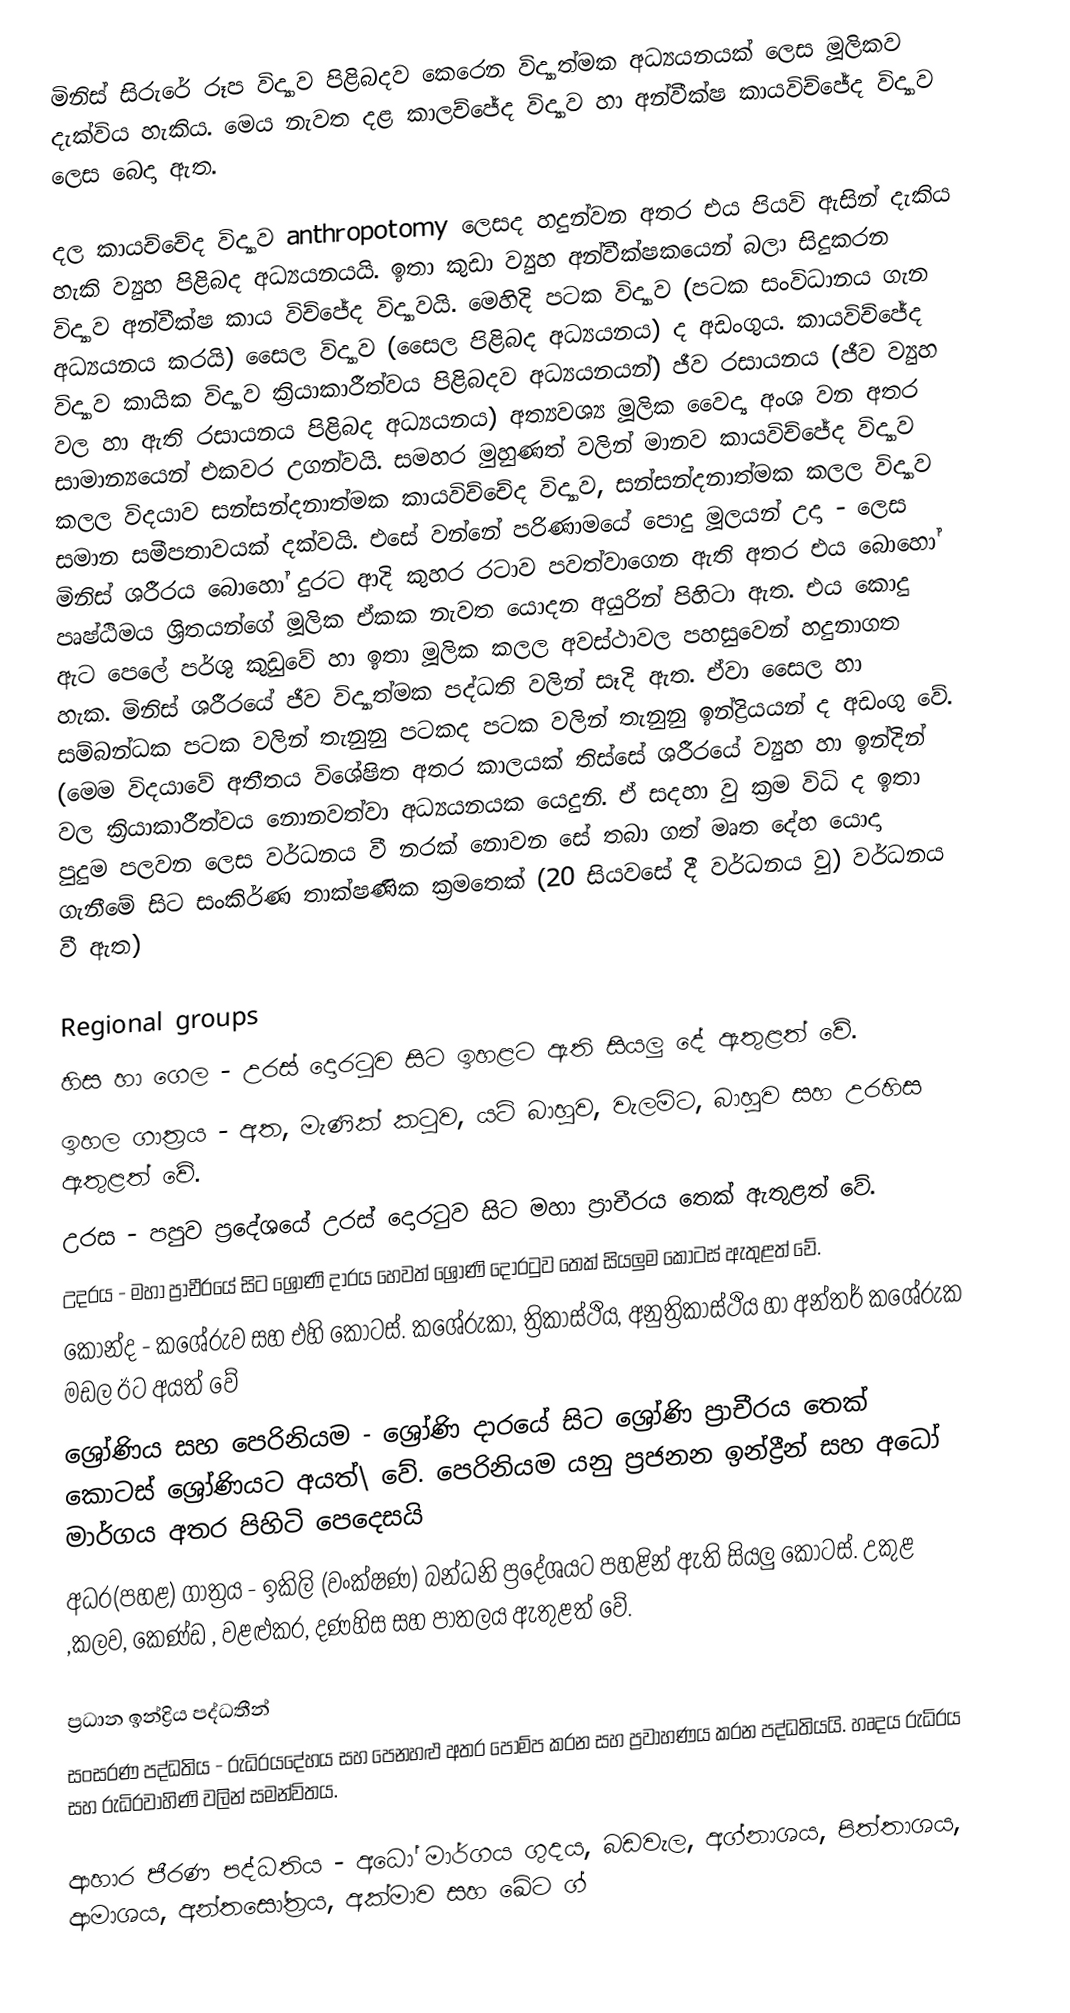
මිනිස් සිරුරේ රූප විද්‍යාව පිළිබදව කෙරෙන විද්‍යාත්මක අධ්‍යයනයක් ලෙස මූලිකව දැක්විය හැකිය. මෙය නැවත දළ කාලච්ජේද විද්‍යාව හා අන්වීක්ෂ කායවිච්ජේද විද්‍යාව ලෙස බෙදා ඇත.

දල කායච්චේද විද්‍යාව anthropotomy ලෙසද හදුන්වන අතර එය පියවි ඇසින් දැකිය හැකි ව්‍යුහ පිළිබද අධ්‍යයනයයි. ඉතා කුඩා ව්‍යුහ අන්වීක්ෂකයෙන් බලා සිදුකරන විද්‍යාව අන්වීක්ෂ කාය විච්ජේද විද්‍යාවයි. මෙහිදි පටක විද්‍යාව (පටක සංවිධානය ගැන අධ්‍යයනය කරයි) සෛල විද්‍යාව (සෛල පිළිබද අධ්‍යයනය) ද අඩංගුය. කායවිච්ජේද විද්‍යාව කායික විද්‍යාව ක්‍රියාකාරීත්වය පිළිබදව අධ්‍යයනයන්) ජීව රසායනය (ජීව ව්‍යුහ වල හා ඇති රසායනය පිළිබද අධ්‍යයනය) අත්‍යවශ්‍ය මූලික වෛද්‍ය අංශ වන අතර සාමාන්‍යයෙන් එකවර උගන්වයි. සමහර මුහුණත් වලින් මානව කායවිච්ජේද විද්‍යාව කලල විදයාව සන්සන්දනාත්මක කායවිච්චේද විද්‍යාව, සන්සන්දනාත්මක කලල විද්‍යාව සමාන සමීපතාවයක් දක්වයි. එසේ වන්නේ පරිණාමයේ පොදු මූලයන් උදා - ලෙස මිනිස් ශරීරය බොහෝ දුරට ආදි කුහර රටාව පවත්වාගෙන ඇති අතර එය බොහෝ පෘෂ්ඨිමය ශ්‍රිතයන්ගේ මූලික ඒකක නැවත යොදන අයුරින් පිහිටා ඇත. එය කොදු ඇට පෙලේ පර්ශු කුඩුවේ හා ඉතා මූලික කලල අවස්ථාවල පහසුවෙන් හදුනාගත හැක. මිනිස් ශරීරයේ ජීව විද්‍යාත්මක පද්ධති වලින් සෑදි ඇත. ඒවා සෛල හා සම්බන්ධක පටක වලින් තැනුනු පටකද පටක වලින් තැනුනු ඉන්ද්‍රියයන් ද අඩංගු වේ. (මෙම විදයාවේ අතීතය විශේෂිත අතර කාලයක් තිස්සේ ශරීරයේ ව්‍යුහ හා ඉන්දින් වල ක්‍රියාකාරීත්වය නෙ‍ානවත්වා අධ්‍යයනයක යෙදුනි. ඒ සදහා වු ක්‍රම විධි ද ඉතා පුදුම පලවන ලෙස වර්ධනය වී නරක් නොවන සේ තබා ගත් මෘත දේහ යොදා ගැනීමේ සිට සංකිර්ණ තාක්ෂණික ක්‍රමතෙක් (20 සියවසේ දී වර්ධනය වු) වර්ධනය වී ඇත)

Regional groups
හිස හා ගෙල 		-  උරස් දොරටුව සිට ඉහළට ඇති සියලු දේ ඇතුළත් වේ.
ඉහල ගාත්‍රය	 - අත, මැණික් කටුව, යටි බාහුව, වැලමිට, බාහුව සහ උරහිස ඇතුළත්    වේ.
උරස 			- පපුව ප්‍රදේශයේ  උරස් දොරටුව සිට මහා ප්‍රාචීරය තෙක් ඇතුළත් වේ.
උදරය	- මහා ප්‍රාචීරයේ සිට ශ්‍රෝණි දාරය හෙවත් ශ්‍රෝණි දොරටුව තෙක් සියලුම කොටස් ඇතුළත් වේ.
කොන්ද 	- කශේරුව සහ එහි කොටස්. කශේරුකා, ත්‍රිකාස්ථිය, අනුත්‍රිකාස්ථිය හා අන්තර් කශේරුක මඩල ඊට අයත් වේ
ශ්‍රෝණිය සහ පෙරිනියම - ශ්‍රෝණි දාරයේ සිට ශ්‍රෝණි ප්‍රාචීරය තෙක් කොටස් ශ්‍රෝණියට  අයත්\ වේ. පෙරිනියම යනු ප්‍රජනන ඉන්ද්‍රීන් සහ අධෝ මාර්ගය අතර පිහිටි   පෙදෙසයි
අධර(පහළ)  ගාත්‍රය	 -  ඉකිලි (වංක්ෂණ) බන්ධනි ප්‍රදේශයට පහළින් ඇති සියලු කොටස්. උකුළ ,කලව, කෙණ්ඩ , වළළුකර, දණහිස සහ පාතලය ඇතුළත් වේ.

ප්‍රධාන ඉන්ද්‍රිය පද්ධතීන්
සංසරණ පද්ධතිය - රුධිරයදේහය සහ පෙනහළු අතර පොම්ප කරන සහ ප්‍රවාහණය කරන පද්ධතියයි. හෘදය රුධිරය සහ රුධිරවාහිණි වලින් සමන්විතය.

ආහාර ජීරණ පද්ධතිය - අධෝ මාර්ගය ගුදය, බඩවැල, අග්නාශය, පිත්තාශය, ආමාශය, අන්තසෝත්‍රය, අක්මාව සහ ඛේට ග්‍